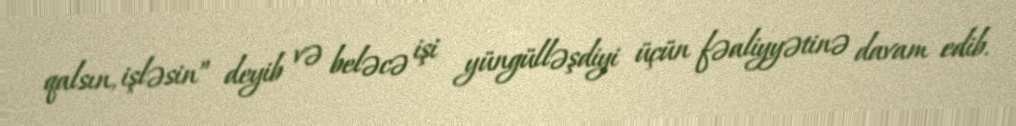
qalsın, işləsin” deyib və beləcə işi yüngülləşdiyi üçün fəaliyyətinə davam edib.